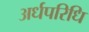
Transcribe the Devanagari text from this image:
अर्धपरिधि